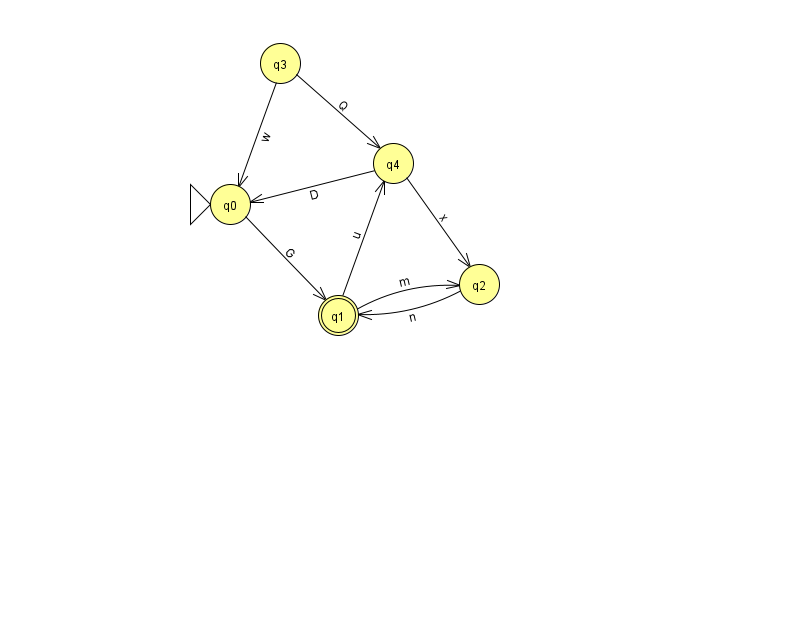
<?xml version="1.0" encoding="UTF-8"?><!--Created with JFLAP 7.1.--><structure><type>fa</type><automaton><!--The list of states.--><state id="0" name="q0"><x>230.0</x><y>191.0</y><initial/></state><state id="1" name="q1"><x>338.0</x><y>302.0</y><final/></state><state id="2" name="q2"><x>479.0</x><y>271.0</y></state><state id="3" name="q3"><x>280.0</x><y>50.0</y></state><state id="4" name="q4"><x>393.0</x><y>150.0</y></state><!--The list of transitions.--><transition><from>1</from><to>4</to><read>u</read></transition><transition><from>3</from><to>4</to><read>Q</read></transition><transition><from>0</from><to>1</to><read>G</read></transition><transition><from>2</from><to>1</to><read>n</read></transition><transition><from>1</from><to>2</to><read>m</read></transition><transition><from>4</from><to>0</to><read>D</read></transition><transition><from>3</from><to>0</to><read>w</read></transition><transition><from>4</from><to>2</to><read>x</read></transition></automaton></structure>